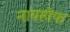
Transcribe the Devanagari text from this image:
नायहोफ